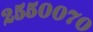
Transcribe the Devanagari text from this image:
२५५००७०